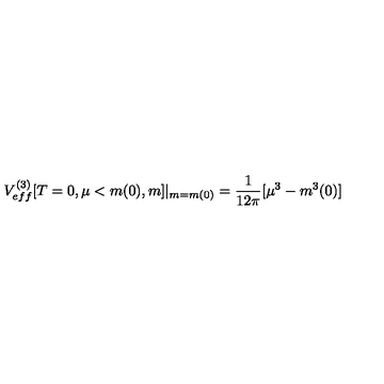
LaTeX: V _ { e f f } ^ { ( 3 ) } [ T = 0 , \mu < m ( 0 ) , m ] | _ { m = m ( 0 ) } = \frac { 1 } { 1 2 \pi } [ \mu ^ { 3 } - m ^ { 3 } ( 0 ) ]